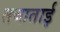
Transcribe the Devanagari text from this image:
तबाताई